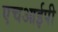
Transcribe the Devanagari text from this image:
एचआईपी